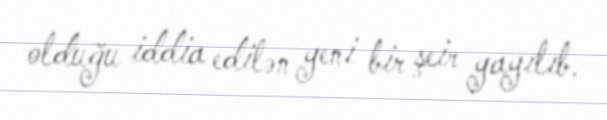
olduğu iddia edilən yeni bir şeir yayılıb.